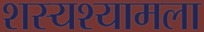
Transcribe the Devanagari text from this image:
शस्यश्यामला